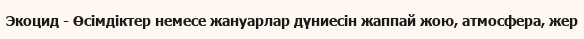
Экоцид - Өсімдіктер немесе жануарлар дүниесін жаппай жою, атмосфера, жер